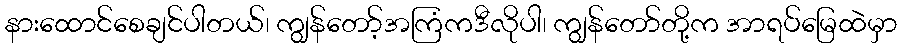
နားထောင်စေချင်ပါတယ်၊ ကျွန်တော့်အကြံကဒီလိုပါ၊ ကျွန်တော်တို့က အာရပ်မြေထဲမှာ